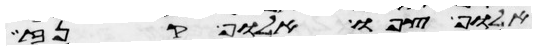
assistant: אלוף צפו אלוף קנז